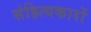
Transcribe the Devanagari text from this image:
संहित्यकारों